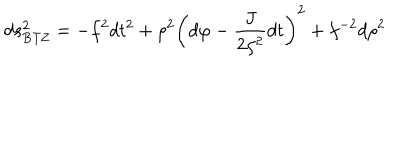
d s _ { \mathrm { B T Z } } ^ { 2 } = - f ^ { 2 } d t ^ { 2 } + \rho ^ { 2 } \left( d \varphi - { \frac { J } { 2 \rho ^ { 2 } } } d t \right) ^ { 2 } + f ^ { - 2 } d \rho ^ { 2 }